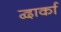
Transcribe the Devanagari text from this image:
द्वार्का